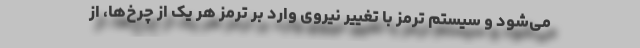
می‌شود و سیستم ترمز با تغییر نیروی وارد بر ترمز هر یک از چرخ‌ها، از